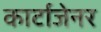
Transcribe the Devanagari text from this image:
कार्टाजेनर